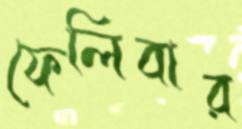
ফেলিবার